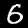
Digit: 6